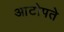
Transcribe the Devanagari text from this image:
आटोपते